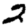
Digit: 2